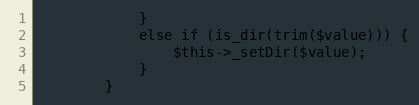
Language: PHP
            }
            else if (is_dir(trim($value))) {
                $this->_setDir($value);
            }
        }